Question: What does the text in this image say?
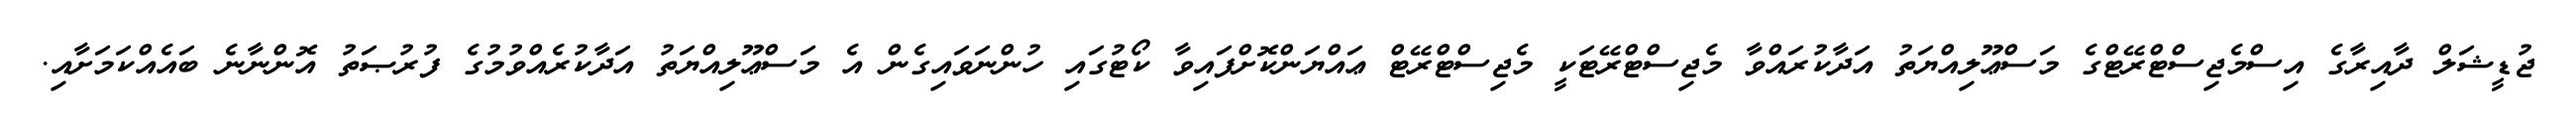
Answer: ޖުޑީޝަލް ދާއިރާގެ އިސްމެޖިސްޓްރޭޓްގެ މަސްޢޫލިއްޔަތު އަދާކުރައްވާ މެޖިސްޓްރޭޓަކީ މެޖިސްޓްރޭޓް ޢައްޔަންކޮށްފައިވާ ކޯޓުގައި ހުންނަވައިގެން އެ މަސްޢޫލިއްޔަތު އަދާކުރެއްވުމުގެ ފުރުޞަތު އޮންނާނެ ބައެއްކަމަށާއި.